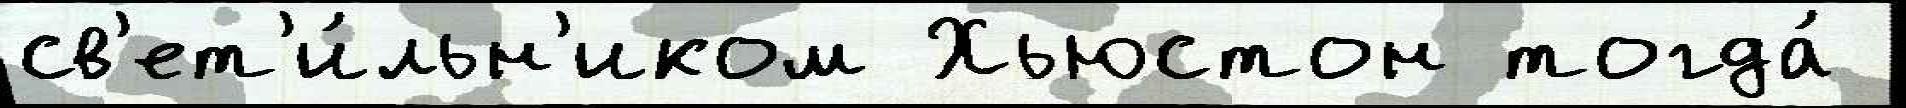
св'ет'и́льн'иком Хьюстон тогда́